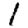
Digit: 1